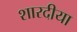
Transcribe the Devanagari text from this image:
शारदीया